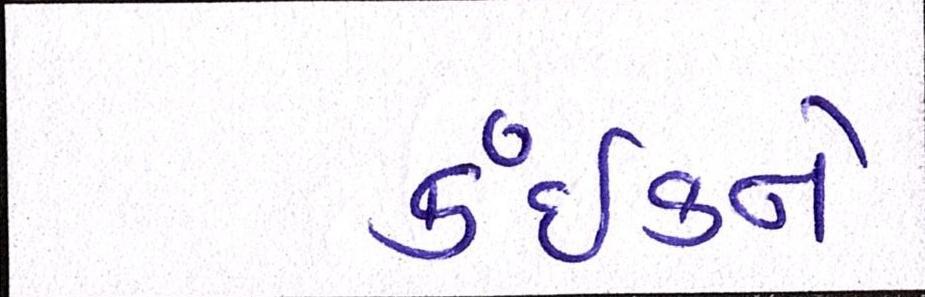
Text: કંઈકને